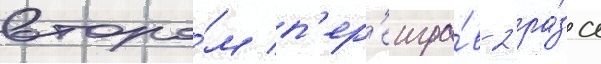
второ́м п'ер'еигра́в 2 ра́за